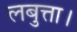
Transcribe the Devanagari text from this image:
लबुत्ता।